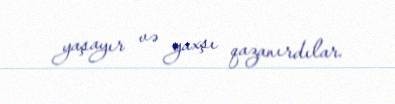
yaşayır və yaxşı qazanırdılar.